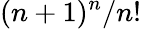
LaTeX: (n+1)^{n}/n!